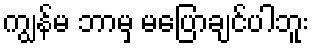
ကျွန်မ ဘာမှ မပြောချင်ပါဘူး